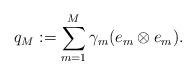
LaTeX: \begin{align*} q_M := \sum\limits_{m=1}^{M} \gamma_m (e_m\otimes e_m). \end{align*}